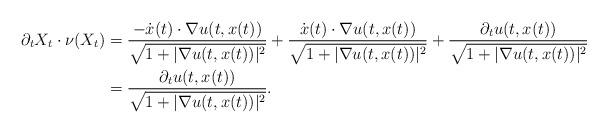
LaTeX: \begin{align*}\partial_tX_t\cdot\nu(X_t)&=\frac{-\dot{x}(t)\cdot\nabla u(t,x(t))}{\sqrt{1+|\nabla u(t,x(t))|^2}}+\frac{\dot{x}(t)\cdot\nabla u(t,x(t))}{\sqrt{1+|\nabla u(t,x(t))|^2}}+\frac{\partial_tu(t,x(t))}{\sqrt{1+|\nabla u(t,x(t))|^2}}\\&=\frac{\partial_tu(t,x(t))}{\sqrt{1+|\nabla u(t,x(t))|^2}}.\end{align*}